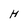
Character: H